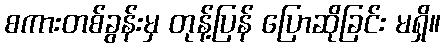
စကားတစ်ခွန်းမှ တုန့်ပြန် ပြောဆိုခြင်း မရှိ။